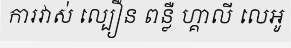
ការវាស់ ល្បឿន ពន្លឺ ហ្គាលី លេអូ